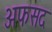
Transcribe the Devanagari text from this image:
अफसद